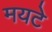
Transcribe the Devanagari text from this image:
मयटे